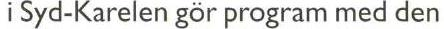
i Syd-Karelen gör program med den